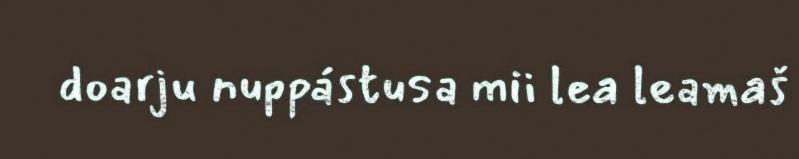
doarju nuppástusa mii lea leamaš